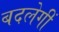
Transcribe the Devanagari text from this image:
बदलेगीं